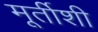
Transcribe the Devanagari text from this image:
मूर्तीशी